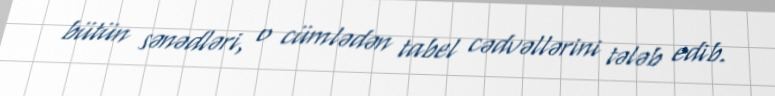
bütün sənədləri, o cümlədən tabel cədvəllərini tələb edib.